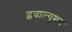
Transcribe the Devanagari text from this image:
इवाल्यूशन